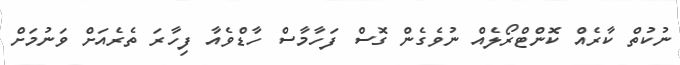
ނުކުތް ކާރެއް ކޮންޓްރޯލެއް ނުވެގެން ގޮސް ފަހާމާސް ހާޑްވެއާ ފިހާރަ ތެރެއަށް ވަނުމަށް